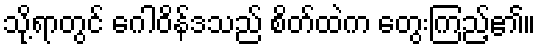
သို့ရာတွင် ဂေါဝိန်ဒသည် စိတ်ထဲက တွေးကြည့်၏။